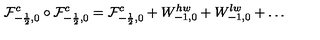
{ \cal F } _ { - \frac { 1 } { 2 } , 0 } ^ { c } \circ { \cal F } _ { - \frac { 1 } { 2 } , 0 } ^ { c } = { \cal F } _ { - \frac { 1 } { 2 } , 0 } ^ { c } + W _ { - 1 , 0 } ^ { h w } + W _ { - 1 , 0 } ^ { l w } + \dots